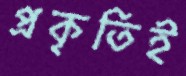
প্রকৃতিই